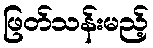
ဖြတ်သန်းမည့်